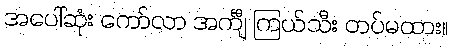
အပေါ်ဆုံး ကော်လာ အင်္ကျီ ကြယ်သီး တပ်မထား။